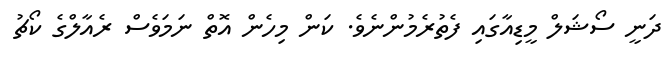
ދަނީ ސޯޝަލް މީޑިއާގައި ފެތުރެމުންނެވެ. ކަން މިހެން އޮތް ނަމަވެސް ރެއާލްގެ ކޯޗު